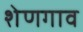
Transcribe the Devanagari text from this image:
शेणगाव